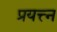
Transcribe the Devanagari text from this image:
प्रयत्त्‍न